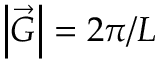
\left| \vec { G } \right| = 2 \pi / L